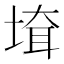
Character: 𡍲